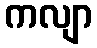
ကလျာ